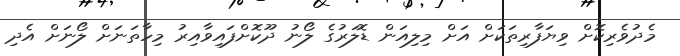
މެދުވެރިކޮށް ވިޔަފާރިތަކަށް އަށް މިލިއަން ޑޮލަރުގެ ލޯނު ދޫކޮށްފައިވާއިރު މިހާތަނަށް ލޯނަށް އެދި